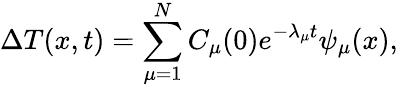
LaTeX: \Delta{T}(x,t)=\sum_{\mu=1}^{N}C_{\mu}(0)e^{-\lambda_{\mu}t}\psi_{\mu}(x),